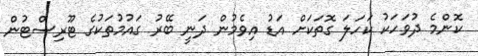
ކޮންމެ ދުވަހަކު ކަހަލަ ގޮތަކަށް އަޑު އިވެމުން ދަނީ ބޭރު ގައުމުތަކުގެ ޓޫރިސްޓުން